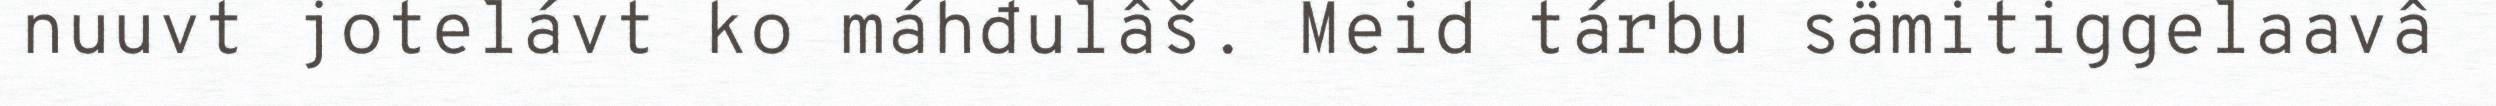
nuuvt jotelávt ko máhđulâš. Meid tárbu sämitiggelaavâ